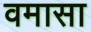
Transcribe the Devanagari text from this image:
वमासा